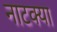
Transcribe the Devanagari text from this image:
नाटक्या